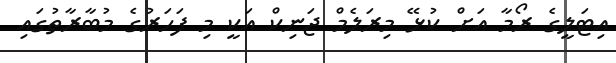
އިޓަލީގެ ރޯމާ އަށް ކުޅޭ މިރަލެމް ޖަނިކް އަކީ މި ފަހަރުގެ މުބާރާތުގައި